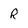
Character: R